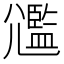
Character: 𡰛